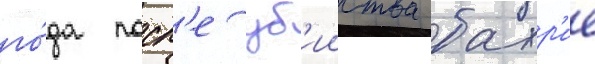
го́да посл'е уб'ииства бахр'ие